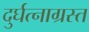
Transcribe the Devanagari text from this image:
दुर्घत्नाग्रस्त